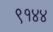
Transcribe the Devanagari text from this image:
९१४४